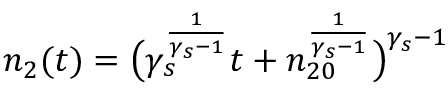
n _ { 2 } ( t ) = \big ( \gamma _ { s } ^ { \frac { 1 } { \gamma _ { s } - 1 } } t + n _ { 2 0 } ^ { \frac { 1 } { \gamma _ { s } - 1 } } \big ) ^ { \gamma _ { s } - 1 }